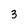
Character: 3